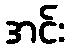
အင်း